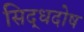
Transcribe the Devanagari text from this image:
सिद्धदोष